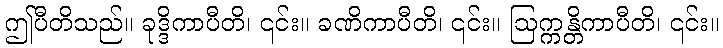
ဤပီတိသည်။ ခုဒ္ဒိကာပီတိ၊ ၎င်း။ ခဏိကာပီတိ၊ ၎င်း။ ဩက္ကန္တိကာပီတိ၊ ၎င်း။